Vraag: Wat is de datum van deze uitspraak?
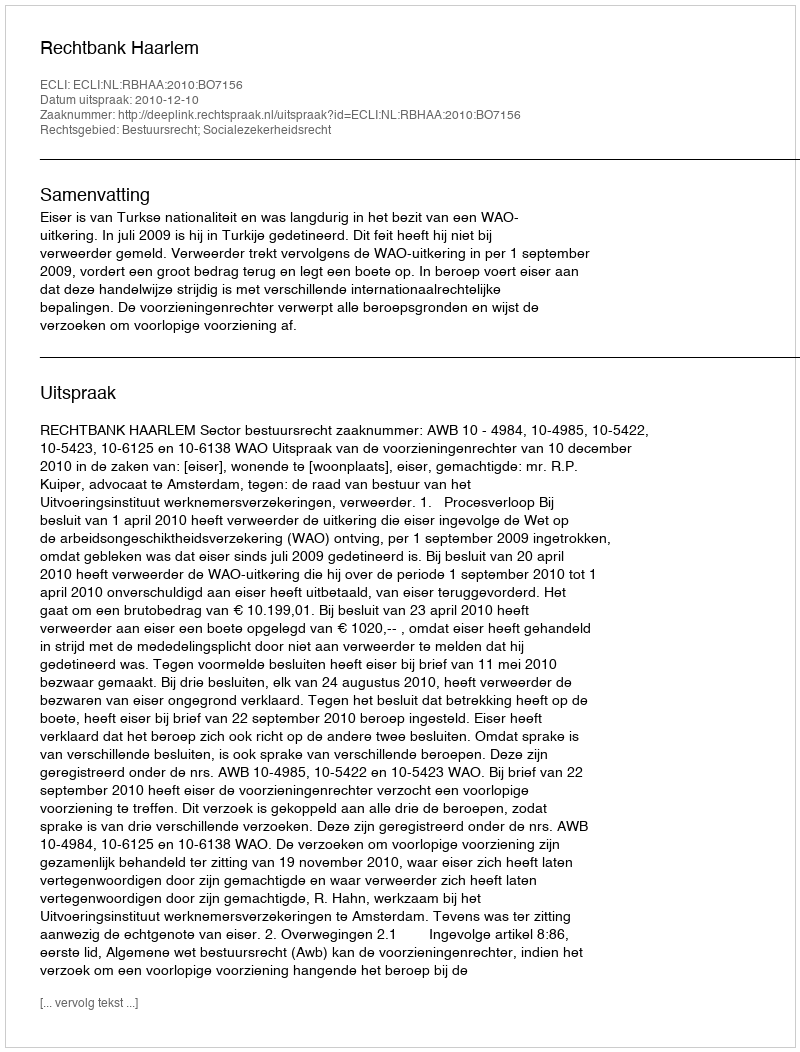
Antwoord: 2010-12-10